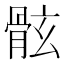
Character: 𩨬